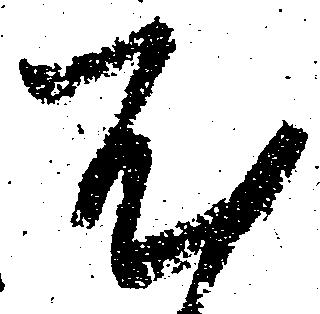
尤